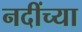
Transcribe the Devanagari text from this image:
नदींच्या